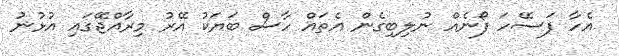
އެހާ ފަސޭހަ ފޯނެއް ނުލިބިގެން އެތައް ހާސް ބަޔަކު އޭރު މިރާއްޖޭގައި އުޅުނު